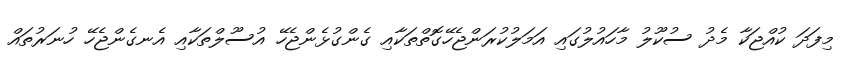
މިފަދަ ކުއްޖަކާ މެދު ސުކޫލު މާހައުލުގައި އަމަލުކުރަންޖެހޭގޮތްތަކާއި ގެންގުޅެންޖެހޭ އުސޫލްތަކާއި އެނގެންޖެހޭ ހުނަރުތައް